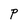
Character: P